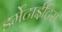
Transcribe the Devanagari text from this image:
डर्मेटाईटिस